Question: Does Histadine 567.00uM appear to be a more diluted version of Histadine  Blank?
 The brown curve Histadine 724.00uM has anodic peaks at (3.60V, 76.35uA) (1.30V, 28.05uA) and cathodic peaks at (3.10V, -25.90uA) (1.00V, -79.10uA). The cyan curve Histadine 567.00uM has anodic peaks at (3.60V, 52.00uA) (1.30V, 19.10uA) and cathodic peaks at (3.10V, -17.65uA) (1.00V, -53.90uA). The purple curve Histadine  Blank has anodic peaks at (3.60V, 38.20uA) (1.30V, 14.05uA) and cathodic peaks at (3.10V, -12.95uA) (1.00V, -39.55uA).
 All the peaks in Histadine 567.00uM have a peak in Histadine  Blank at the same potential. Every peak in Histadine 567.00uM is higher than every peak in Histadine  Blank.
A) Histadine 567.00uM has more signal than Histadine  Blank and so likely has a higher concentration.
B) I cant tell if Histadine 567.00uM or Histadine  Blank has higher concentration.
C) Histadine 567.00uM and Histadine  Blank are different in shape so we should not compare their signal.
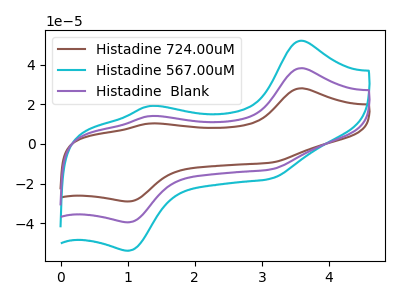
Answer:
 <answer>A) "Histadine 567.00uM" has more signal than "Histadine  Blank" and so likely has a higher concentration.</answer>
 <eval>A</eval>